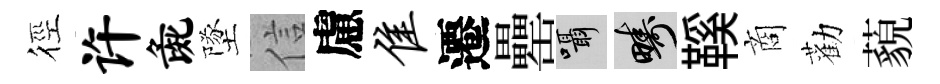
徑许彘墜信慮隹遷罍囁疇鞵商勸藐